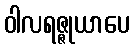
ဝါလရဇ္ဇုယာပေ